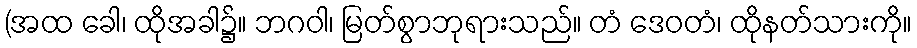
(အထ ခေါ၊ ထိုအခါ၌။ ဘဂဝါ၊ မြတ်စွာဘုရားသည်။ တံ ဒေဝတံ၊ ထိုနတ်သားကို။